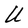
Character: U